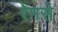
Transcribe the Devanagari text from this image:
रेमसे